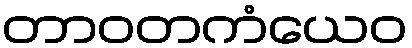
တာဝတကံယေဝ